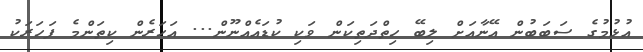
އުޅުމުގެ ސަބަބުން އޭނާއަށް ލިބޭ ހިތްދަތިކަން ވަކި ކުޑައެއްނޫން... އަހަރެން ކިތަންމެ ފަހަރަކު